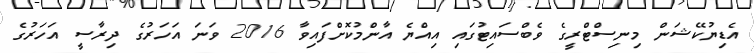
އެޑިޔުކޭޝަން މިނިސްޓްރީގެ ވެބްސައިޓުގައި އިއްޔެ އާންމުކޮށްފައިވާ 2016 ވަނަ އަހަރުގެ ދިރާސީ އަހަރުގެ